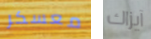
معسكر آيزاك